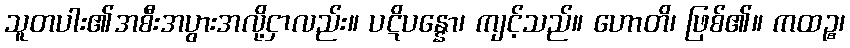
သူတပါး၏အစီးအပွားအလို့ငှာလည်း။ ပဋိပန္နော၊ ကျင့်သည်။ ဟောတိ၊ ဖြစ်၏။ ကထဉ္စ၊